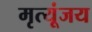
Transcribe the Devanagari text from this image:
मृत्यूंजय